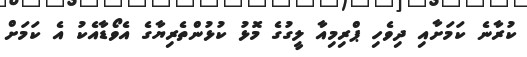
ކުރާނެ ކަމަށާއި ދިވެހި ޕްރިމިއާ ލީގުގެ މޮޅު ކުޅުންތެރިޔާގެ އެވޯޑާއެކު އެ ކަމަށް